Note on the mental hospitals in Burma - 1925-1940
Year: 1925
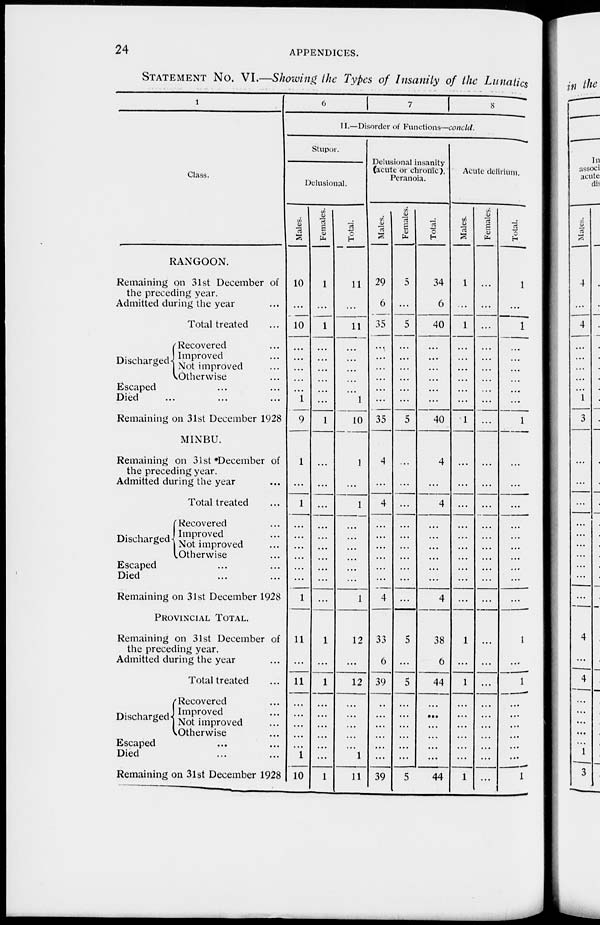
24
APPENDICES.
STATEMENT No. VI.—Showing the Types of Insanity of the Lunatics
1
Class.
RANGOON.
Remaining on 31st December of
the preceding year.
Admitted during the year ...
Total treated ...
Discharged
Recovered ...
Improved ...
Not improved ...
Otherwise
Escaped ... ...
Died ... ... ...
Remaining on 31st December 1928
MINBU.
Remaining on 31st December of
the preceding year.
Admitted during the year ...
Total treated ...
Discharged
Recovered ...
Improved ...
Not improved ...
Otherwise ...
Escaped ... ...
Died ... ...
Remaining on 31st December 1928
PROVINCIAL TOTAL.
Remaining on 31st December of
the preceding year.
Admitted during the year ...
Total treated ...
Discharged
Recovered ...
Improved ...
Not improved
Otherwise
Escaped ... ...
Died ... ...
Remaining on 31st December 1928
6
7
8
II.—Disorder of Functions—concld.
Stupor.
Delusional.
Males.
10
...
10
...
...
...
...
...
1
9
1
...
1
...
...
...
...
...
...
1
11
...
11
...
...
...
...
...
...
10
Females.
1
...
1
...
...
...
...
...
...
1
...
...
...
...
...
...
...
...
...
...
1
...
1
...
...
...
...
...
...
1
Total.
11
...
11
...
...
...
...
...
1
10
1
...
1
...
...
...
...
...
...
1
12
...
12
...
...
...
...
...
1
11
Delusional insanity
(acute or chronic),
Peranoia.
Males.
29
6
35
...
...
...
...
...
...
35
4
...
4
...
...
...
...
...
...
4
33
6
39
...
...
...
...
...
...
39
Females.
5
...
5
...
...
...
...
...
...
5
...
...
...
...
...
...
...
...
...
...
5
...
5
...
...
...
...
...
...
5
Total.
34
6
40
...
...
...
...
...
...
40
4
...
4
...
...
...
...
...
...
4
38
6
44
...
...
...
...
...
...
44
Acute delirium.
Males.
1
...
1
...
...
...
...
...
...
1
...
...
...
...
...
...
...
...
...
...
1
...
1
...
...
...
...
...
...
1
Females.
...
...
...
...
...
...
...
...
...
...
...
...
...
...
...
...
...
...
...
...
...
...
...
...
...
...
...
...
...
...
Total.
1
...
1
...
...
...
...
...
...
1
...
...
...
...
...
...
...
...
...
...
1
...
1
...
...
...
...
...
...
1